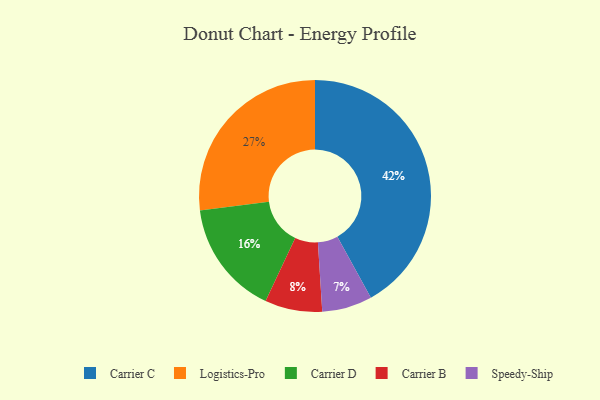
{"axis": {"x": "Category", "y": "Percentage"}, "legend": ["Carrier B", "Carrier C", "Carrier D", "Logistics-Pro", "Speedy-Ship"], "data": [{"x": "Speedy-Ship", "y": 7, "type": "Speedy-Ship"}, {"x": "Carrier D", "y": 16, "type": "Carrier D"}, {"x": "Carrier B", "y": 8, "type": "Carrier B"}, {"x": "Carrier C", "y": 42, "type": "Carrier C"}, {"x": "Logistics-Pro", "y": 27, "type": "Logistics-Pro"}]}